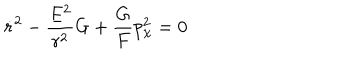
\dot { r } ^ { 2 } - \frac { E ^ { 2 } } { r ^ { 2 } } G + \frac { G } { F } p _ { \chi } ^ { 2 } = 0